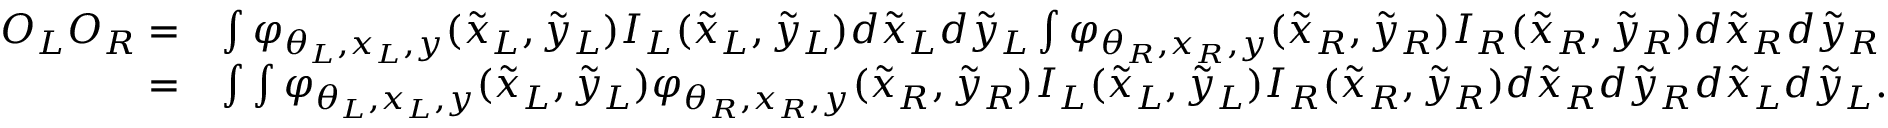
\begin{array} { r l } { O _ { L } O _ { R } = } & { \int \varphi _ { \theta _ { L } , x _ { L } , y } ( \tilde { x } _ { L } , \tilde { y } _ { L } ) I _ { L } ( \tilde { x } _ { L } , \tilde { y } _ { L } ) d \tilde { x } _ { L } d \tilde { y } _ { L } \int \varphi _ { \theta _ { R } , x _ { R } , y } ( \tilde { x } _ { R } , \tilde { y } _ { R } ) I _ { R } ( \tilde { x } _ { R } , \tilde { y } _ { R } ) d \tilde { x } _ { R } d \tilde { y } _ { R } } \\ { = } & { \int \int \varphi _ { \theta _ { L } , x _ { L } , y } ( \tilde { x } _ { L } , \tilde { y } _ { L } ) \varphi _ { \theta _ { R } , x _ { R } , y } ( \tilde { x } _ { R } , \tilde { y } _ { R } ) I _ { L } ( \tilde { x } _ { L } , \tilde { y } _ { L } ) I _ { R } ( \tilde { x } _ { R } , \tilde { y } _ { R } ) d \tilde { x } _ { R } d \tilde { y } _ { R } d \tilde { x } _ { L } d \tilde { y } _ { L } . } \end{array}